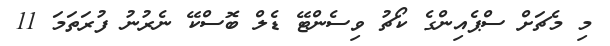
މި މެޗަށް ސްޕެއިންގެ ކޯޗު ވިސެންޓޭ ޑެލް ބޮސްކޭ ނެރުނު ފުރަތަމަ 11